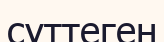
сүттеген